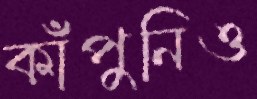
কাঁপুনিও